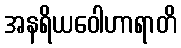
အနရိယဝေါဟာရာတိ